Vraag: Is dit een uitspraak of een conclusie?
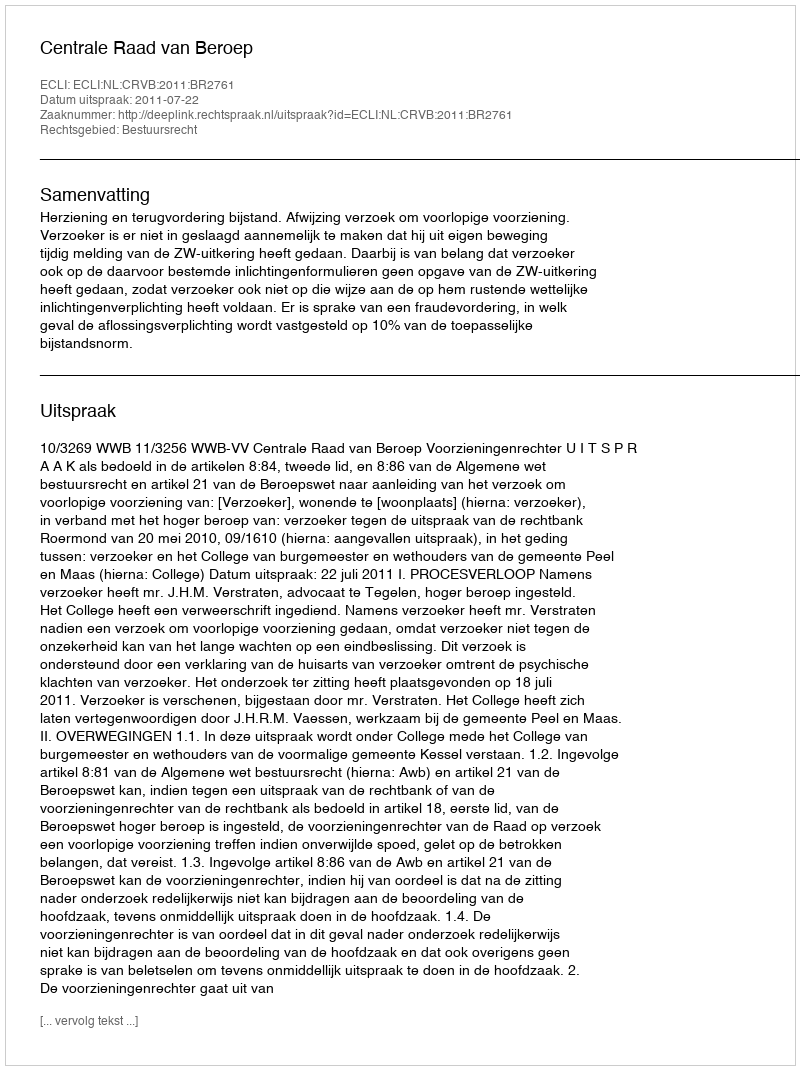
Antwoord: Uitspraak